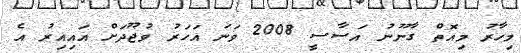
މިހާރު މިއޮތް ގާނޫނު އަސާސީ 2008 ވަނަ އަހަރު ވުޖޫދަށް އައިއިރު އެ